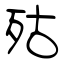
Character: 㱠